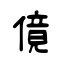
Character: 傹